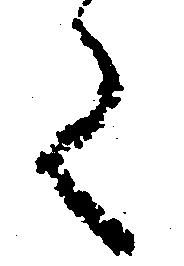
く